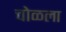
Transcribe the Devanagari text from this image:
चोळला